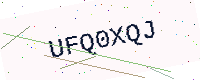
Text: UFQ0XQJ